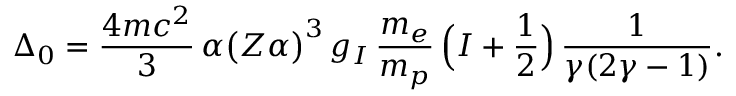
\Delta _ { 0 } = \frac { 4 m c ^ { 2 } } { 3 } \, \alpha \big ( Z \alpha \big ) ^ { 3 } \, g _ { I } \, \frac { m _ { e } } { m _ { p } } \, \Big ( I + \frac { 1 } { 2 } \Big ) \, \frac { 1 } { \gamma ( 2 \gamma - 1 ) } .